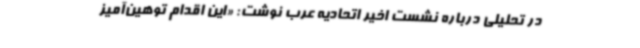
در تحلیلی درباره نشست اخیر اتحادیه عرب نوشت: «این اقدام توهین‌آمیز